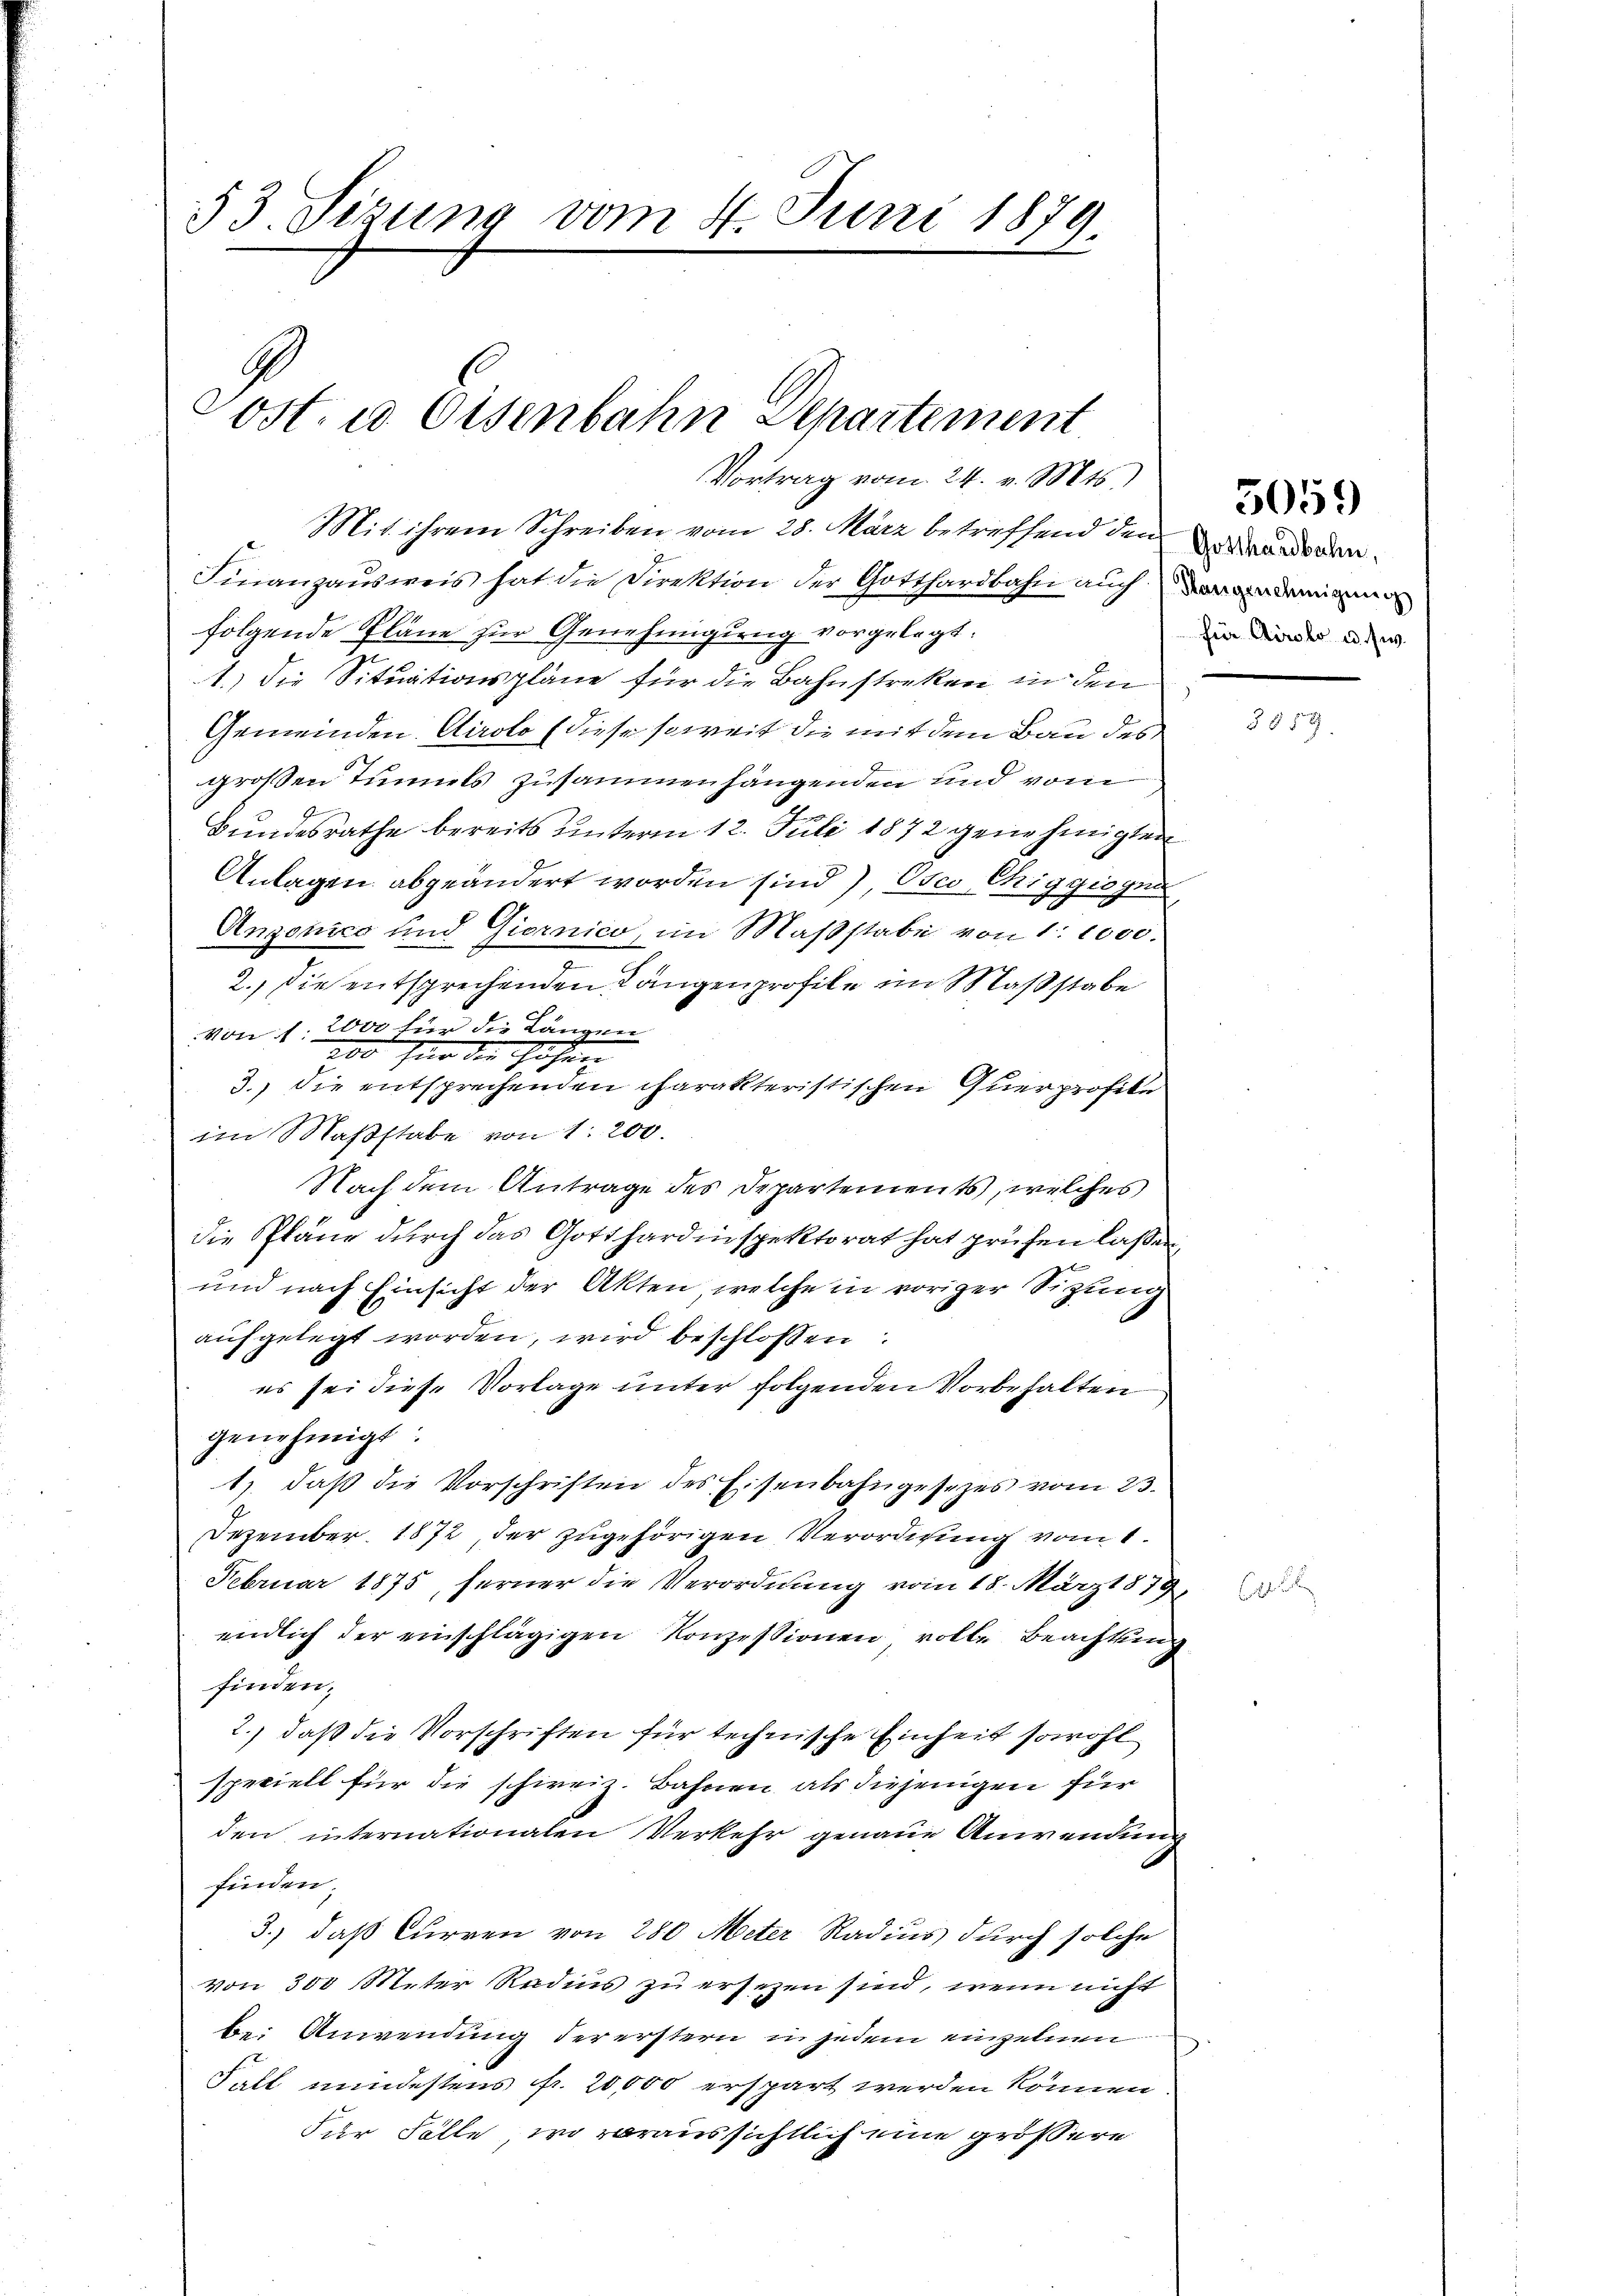
53. Sizung vom 14. Juni 1879
.
Post. a Eisenbahn Departement
Vortrag vom 24. v. Mts.,

Mit ihrem Schreiben vom 28. März betreffend den
Finanzausweis hat die Direktion der Gotthardbahn auch von an deman
folgende Pläne zur Genehmigung vorgelegt.
1.) Die Situationspläne für die Bahnstreken in den
Gemeinden Airolo (diese soweit die mit dem Bau des
großen Tunnels zusammenhängenden und vom
Bundesrathe bereits unterm 12. Juli 1872 genehmigten
Anlagen abgeändert worden sind), Osco Chiggiogni
Anzonico und Giornico, im Maßstabe von 1:1000.
2. Die entsprechenden Längenprofile im Maßstabe
von 1. Wir für die Längen
200 für die Hohen |
3.) Die entsprechenden charakteristischen Querprofile
im Maßstabe von 1. 200.
Nach dem Antrage des Departements, welches
die Pläne durch das Gotthardinspektorat hat prüfen lassen,
und nach Einsicht der Akten, welche in voriger Sitzung
aŭfgelegt worden, wird beschlossen:
es sei diese Vorlage unter folgenden Vorbehalten
genehmigt:
1) daβ die Vorschriften des Eisenbahngesezes vom 23.
Dezember 1872, der zugehörigen Verordnung vom 1.
Februar 1875, ferner die Verordnung vom 18. März 1879,
endlich der einschlägigen Konzessionen, volle Beachtung
finden.
2.) daß die Vorschriften für technische Einheit sowohl
speciell für die schweiz. Bahnen als diejenigen für
den internationalen Verkehr genaue Anwendung
finden.
3.) daß Curren von 280 Meter Radius durch solche
von 300 Meter Radius zu ersehen sind, wenn nicht
bei Anwendung der erstern in jedem einzelnen
Falt mindestens fr. 20,000 erspart werden können.
Für Falle, wo voraussichtlich eine größere

Gotthardbahn,
für Airolo u. zw.

5059

3859.